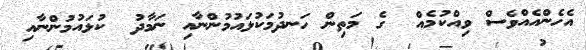
އެހެންއެއްވެސް ވިއްކުމެއް  ގެ މަތިން ހަނދުމަކުޅައުމުންނާއި ނަމާދު  ކުޅައުމުންނާއި